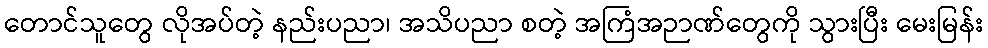
တောင်သူတွေ လိုအပ်တဲ့ နည်းပညာ၊ အသိပညာ စတဲ့ အကြံအဉာဏ်တွေကို သွားပြီး မေးမြန်း